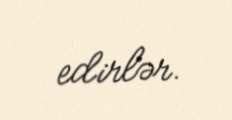
edirlər.